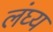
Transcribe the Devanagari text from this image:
लंघ्य